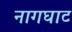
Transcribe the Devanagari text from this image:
नागघाट